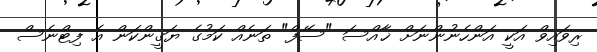
ރިވައިވް އަކީ އަންހެނުންނަށް ޚާއްސަ "ސޭފް" ތަނެއް ކަމުގެ ޔަގީންކަން އެ ފިޓްނެސް